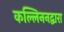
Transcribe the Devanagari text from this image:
कल्लिननद्वारा